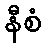
နီစံ